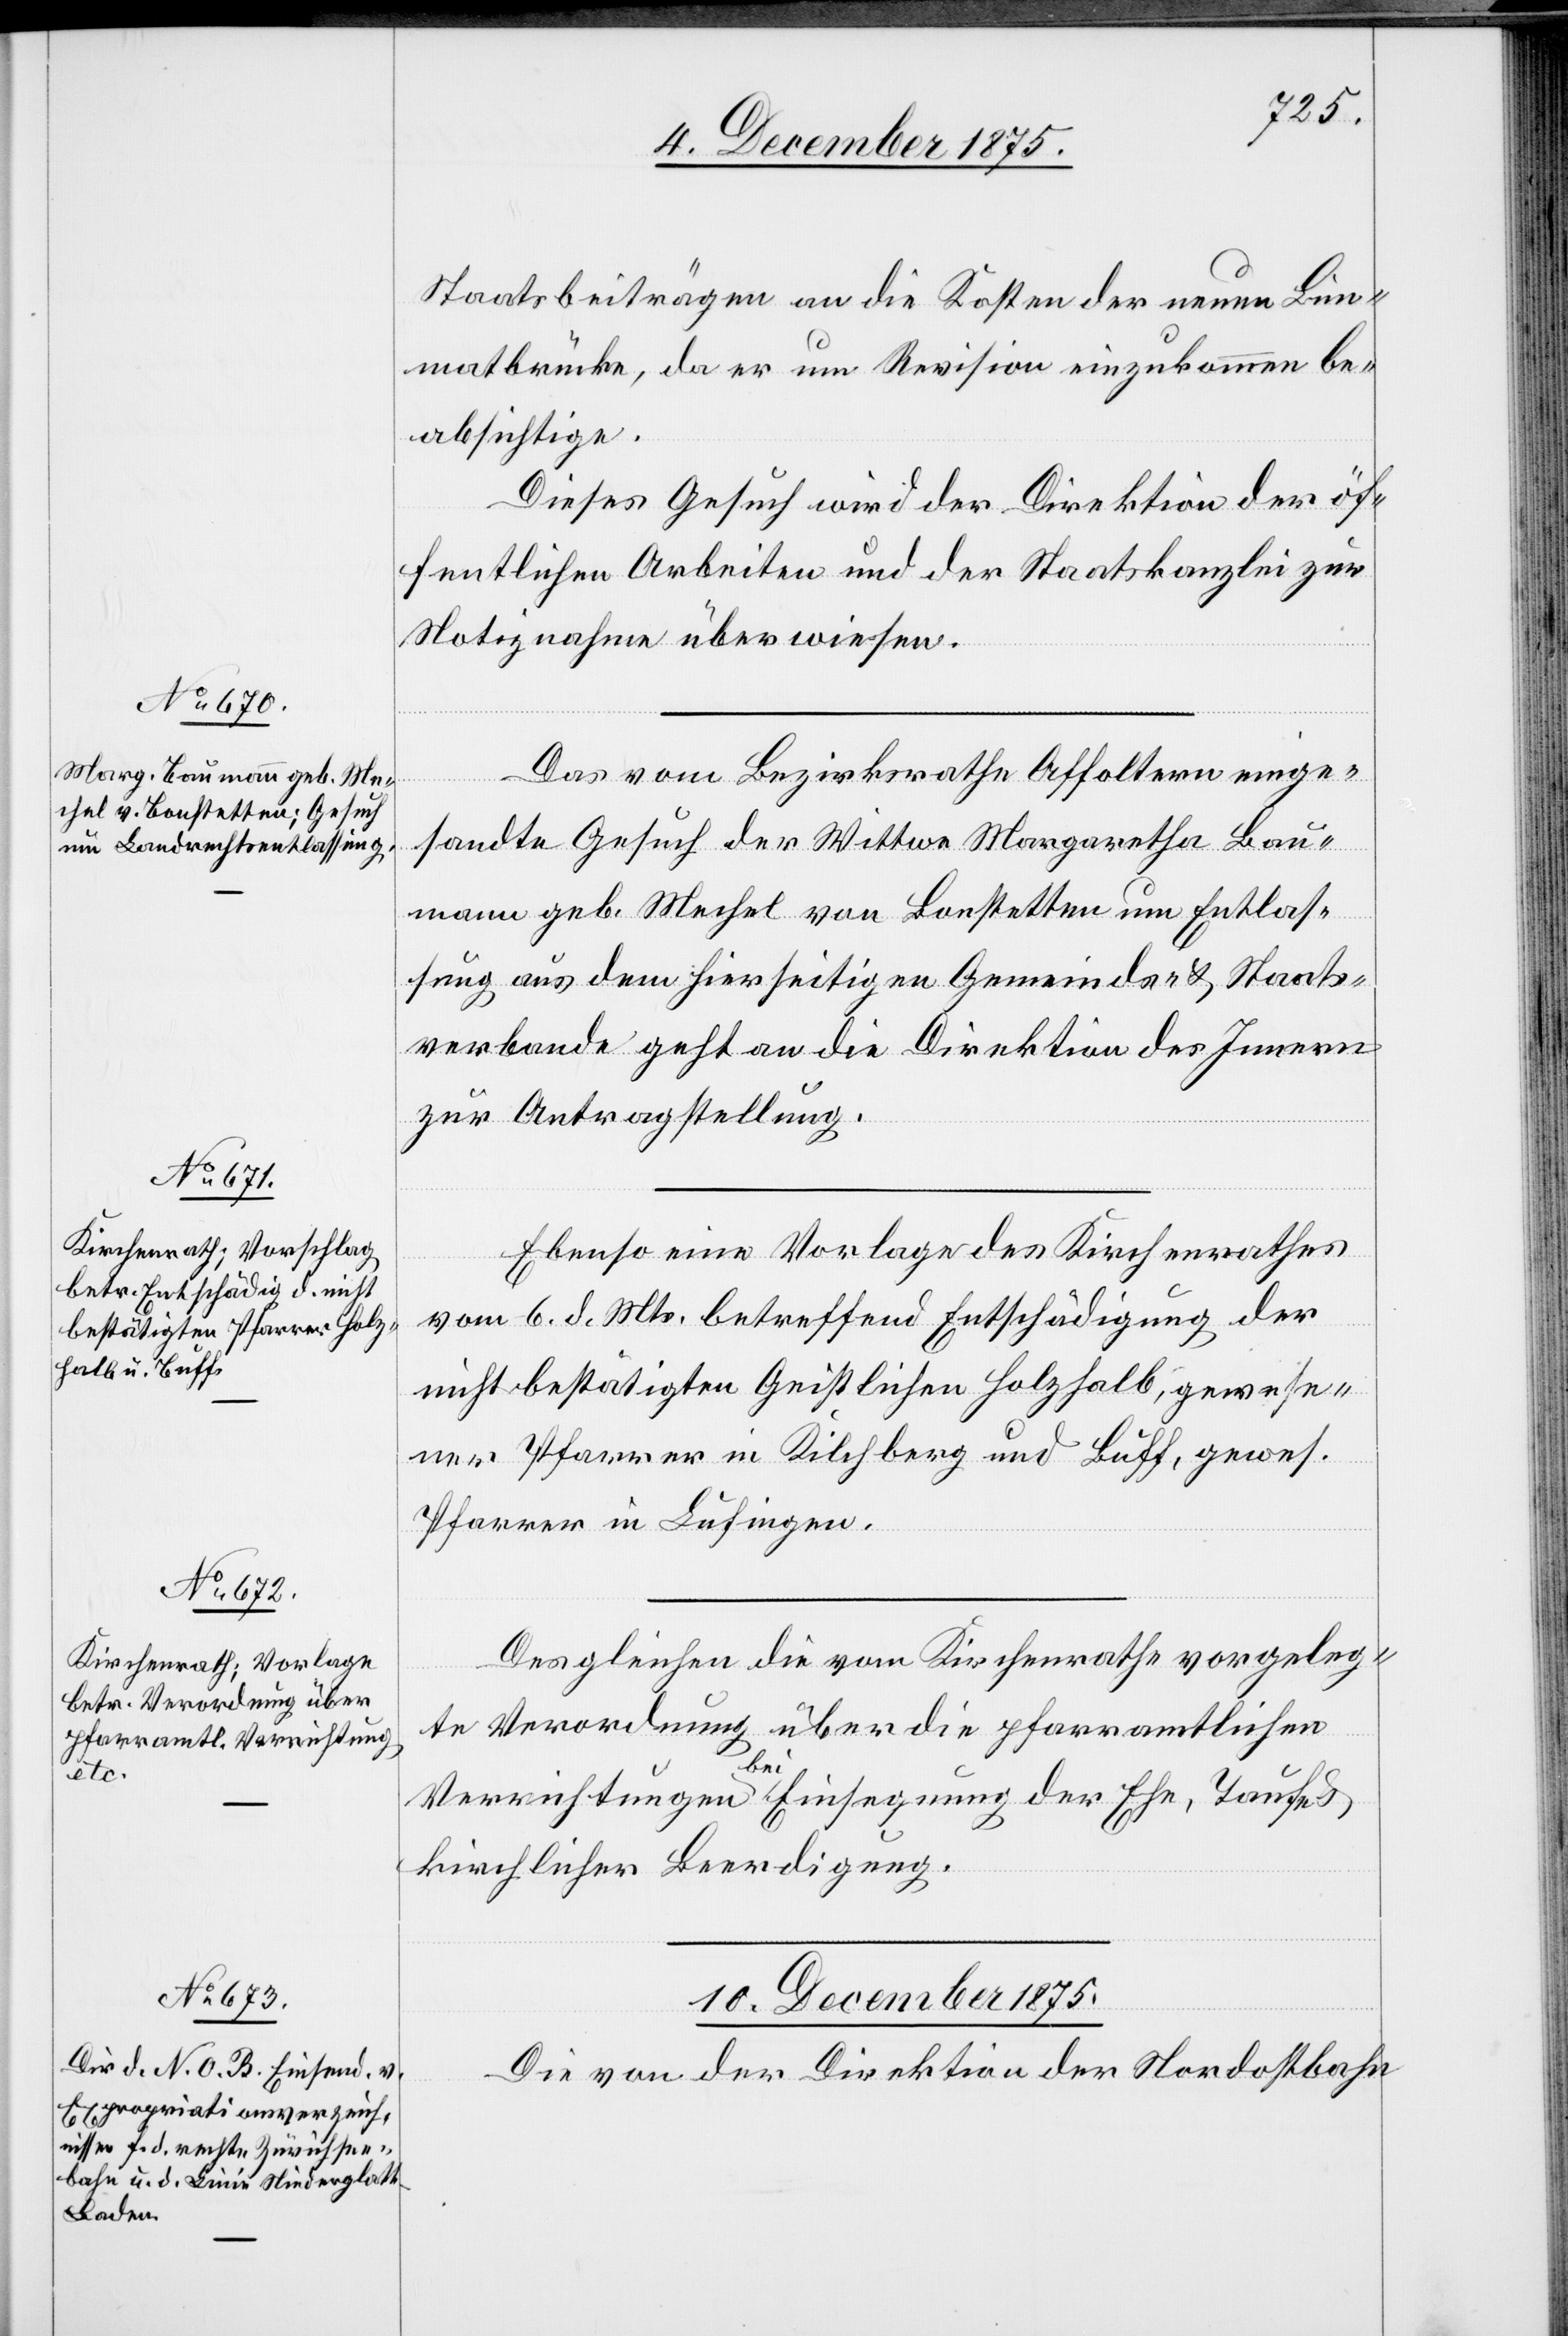
9. December 1875.]
Staatsbeiträgen an die Kosten der neuen Lim¬
matbrücke, da er um Revision einzukommen be¬
absichtige.
Dieses Gesuch wird der Direktion der öf¬
fentlichen Arbeiten und der Staatskanzlei zur
Notiznahme überwiesen.
Das vom Bezirksrathe Affoltern einge¬
sandte Gesuch der Wittwe Margaretha Bau¬
mann geb. Mechel von Bonstetten um Entlas¬
sung aus dem hierseitigen Gemeinds- & Staats¬
verbande geht an die Direktion des Innern
zur Antragstellung.
Ebenso eine Vorlage des Kirchenrathes
vom 6. d. Mts. betreffend Entschädigung der
nicht bestätigten Geistlichen Holzhalb, gewese¬
ner Pfarrer in Kilchberg und Buff, gewes.
Pfarrer in Lufingen.
Desgleichen die vom Kirchenrathe vorgeleg¬
te Verordnung über die pfarramtlichen
Verrichtungen bei Einsegnung der Ehe, Taufe &
kirchlicher Beerdigung.
10. December 1875.
Die von der Direktion der Nordostbahn